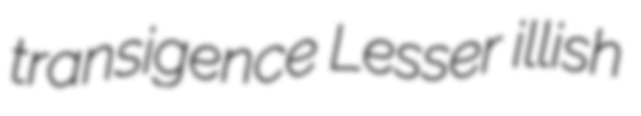
transigence Lesser illish